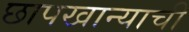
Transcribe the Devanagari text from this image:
छापखान्याची